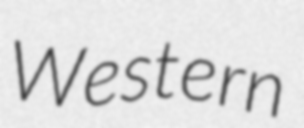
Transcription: Western